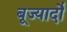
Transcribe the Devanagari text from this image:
बूज्यार्दो